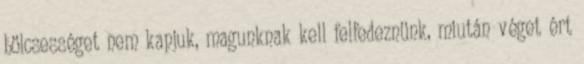
bölcsességet nem kapjuk, magunknak kell felfedeznünk, miután véget ért